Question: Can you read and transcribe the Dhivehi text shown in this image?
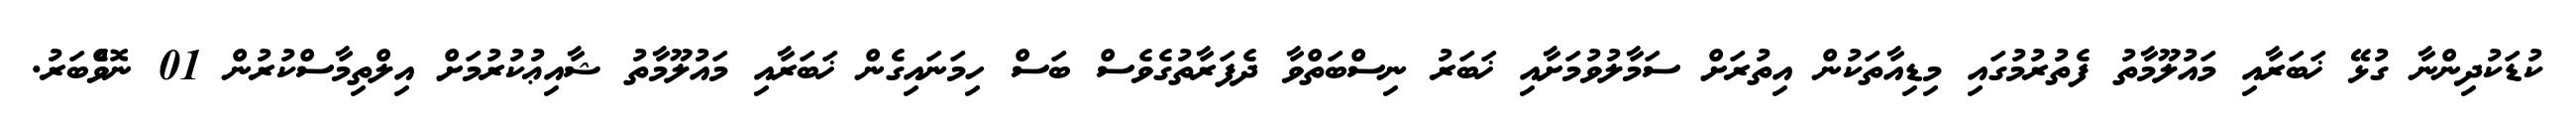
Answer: ކުޑަކުދިންނާ ގުޅޭ ޚަބަރާއި މައުލޫމާތު ފެތުރުމުގައި މިޑިއާތަކުން އިތުރަށް ސަމާލުވުމަށާއި ޚަބަރު ނިސްބަތްވާ ދެފަރާތުގެވެސް ބަސް ހިމަނައިގެން ޚަބަރާއި މައުލޫމާތު ޝާއިޢުކުރުމަށް އިލްތިމާސްކުރުން 01 ނޮވެްބަރު.